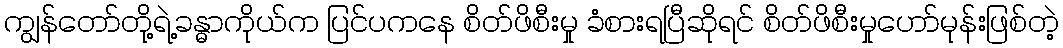
ကျွန်တော်တို့ရဲ့ခန္ဓာကိုယ်က ပြင်ပကနေ စိတ်ဖိစီးမှု ခံစားရပြီဆိုရင် စိတ်ဖိစီးမှုဟော်မုန်းဖြစ်တဲ့